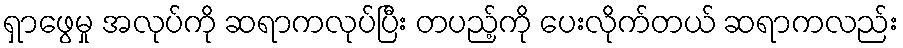
ရှာဖွေမှု အလုပ်ကို ဆရာကလုပ်ပြီး တပည့်ကို ပေးလိုက်တယ် ဆရာကလည်း